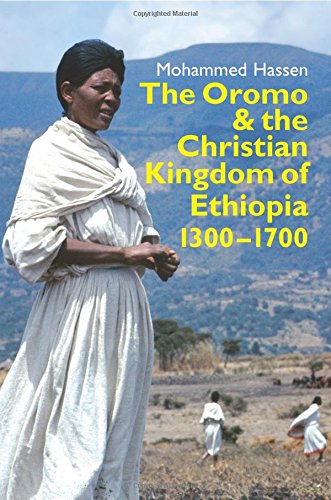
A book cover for The Oromo and the Christian Kingdom of Ethiopia (Eastern Africa Series); Mohammed Hassen; History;